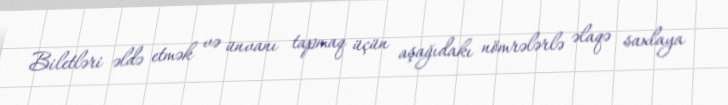
Biletləri əldə etmək və ünvanı tapmaq üçün aşağıdakı nömrələrlə əlaqə saxlaya